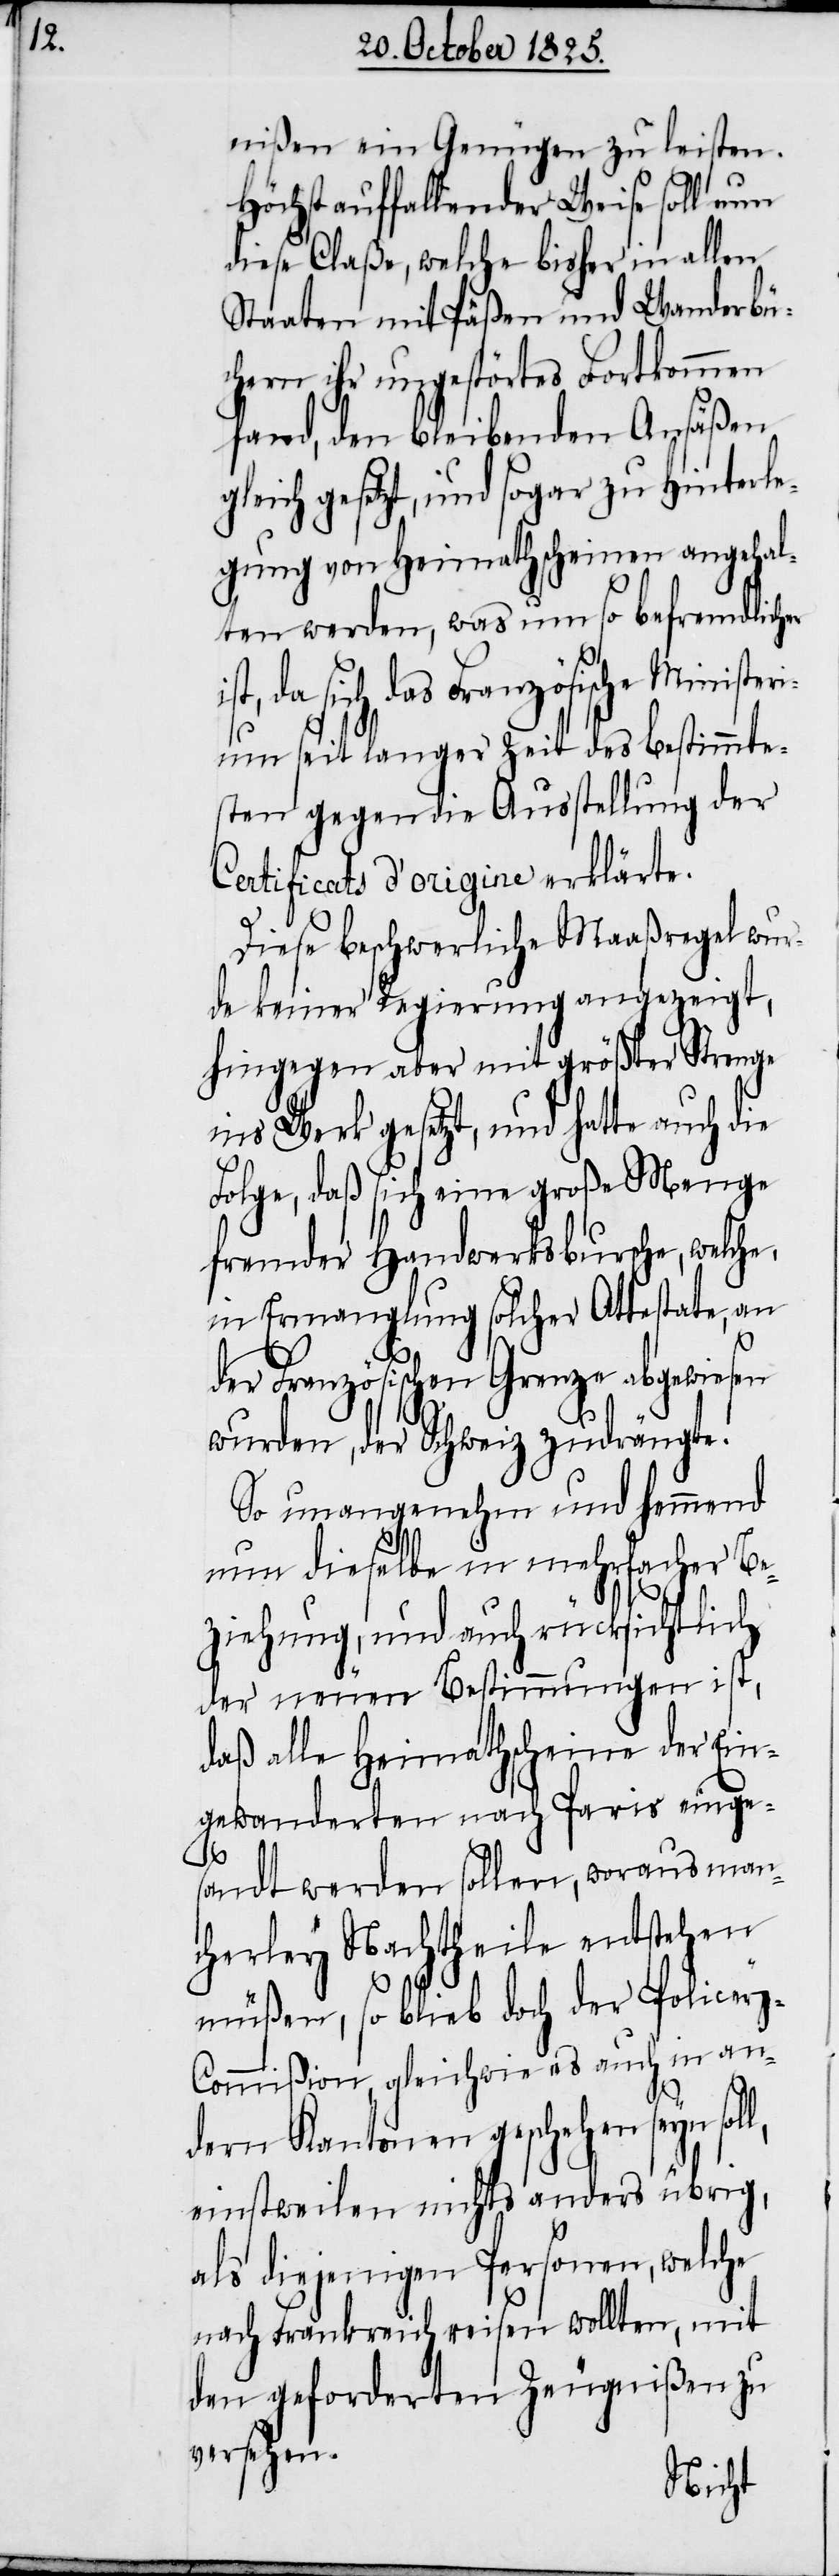
l,

nißen ein Genügen zu leisten.
Höchst auffallender Weise soll nun
diese Claße, welche bisher in allen
Staaten mit Päßen und Wanderbü¬
chern ihr ungestörtes Fortkommen
fand, den bleibenden Ansäßen
leich gesetzt, und sogar zu Hinterle¬
gung von Heimathscheinen angehal¬
ten werden, was um so befremdlicher
da sich das Französische Minis¬
ium seit langer Zeit des bestimmte¬
sten gegen die Ausstellung der
Certificats d’origine erklärte.
Diese beschwerliche Maaßregel wur¬
de keiner Regierung angezeigt,
hingegen aber mit größter Strenge
ins Werk gesetzt, und hatte auch die
Folge, daß sich eine große Menge
fremder Handwerksbursche, welche,
in Ermanglung solcher Attestate, an
der Französischen Grenze abgewiesen
wurden, der Schweiz zudrängte.
So unangenehm und hemmend
nun dieselbe in mehrfacher Be¬
ziehung, und auch rücksichtlich
der neuen Bestimmungen ist,
daß alle Heimathscheine der Ein¬
gewanderten nach Paris einge¬
sandt werden sollen, woraus man¬
cherley Nachtheile entstehen
müßen, so blieb doch der Police¬
y-Commißion, gleichwie es auch in an¬
dern Kantonen geschehen seyn sol¬
einstweilen nichts anders übrig,
als diejenigen Personen, welche
nach Frankreich reisen wollten, mit
den geforderten Zeugnißen zu
versehen.